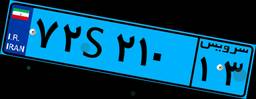
۰۳S۳۶۱۷۲